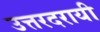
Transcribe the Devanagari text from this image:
उत्तरदरायी